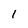
Character: 1